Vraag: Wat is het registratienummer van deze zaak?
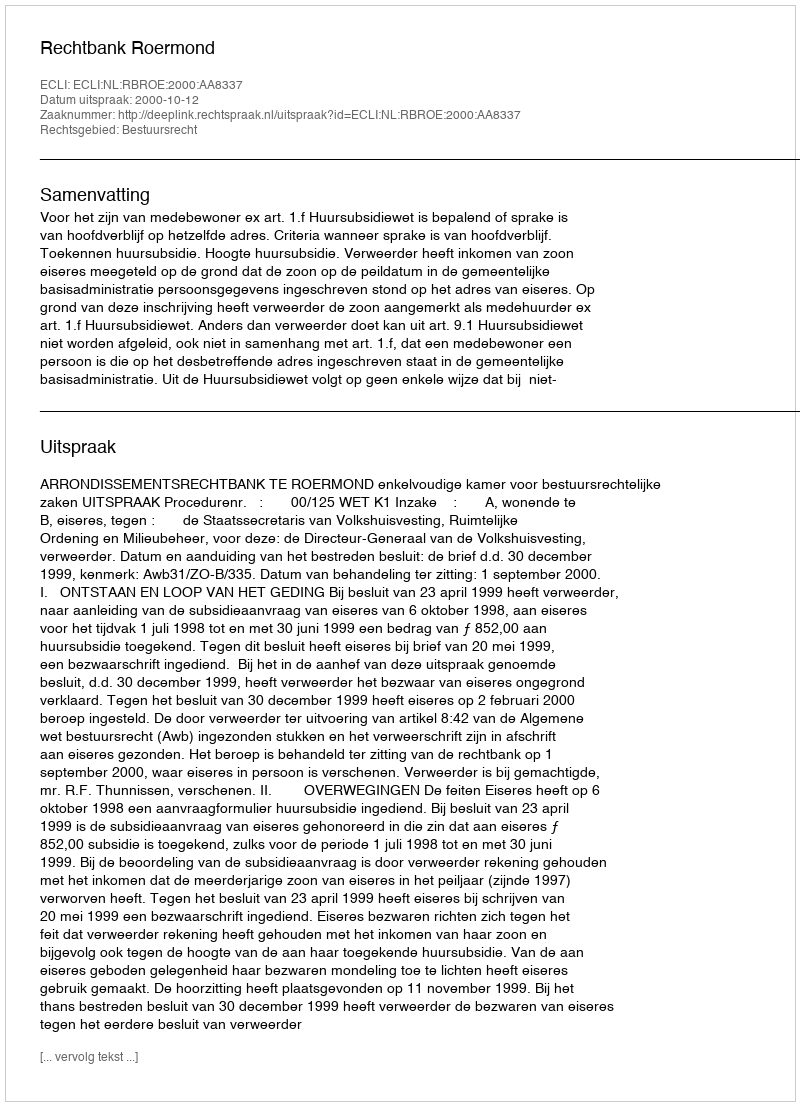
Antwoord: http://deeplink.rechtspraak.nl/uitspraak?id=ECLI:NL:RBROE:2000:AA8337